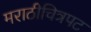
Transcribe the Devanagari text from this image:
मराठीचित्रपट